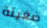
ضغينة